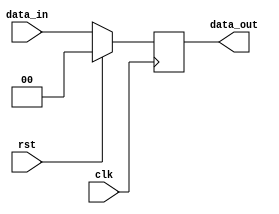
//parameter WIDTH=32;

module register_2 
(
input clk,
input rst,
input [1:0] data_in,
output reg [1:0] data_out);


always@(posedge clk)
begin 
    if(rst)
        data_out<=0;
    else
        data_out<=data_in;
end

endmodule